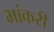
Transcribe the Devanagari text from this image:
भांकरी